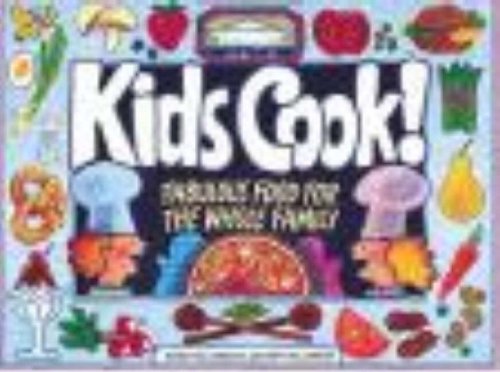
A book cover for Kids Cook!: Fabulous Food for the Whole Family (Williamson Kids Can! Series); Sarah Williamson; Cookbooks, Food & Wine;